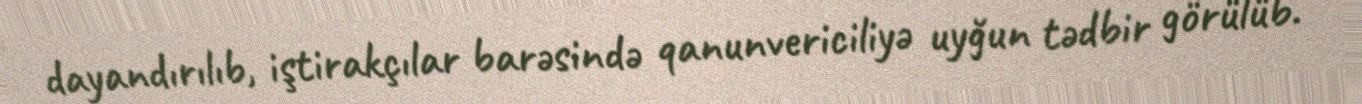
dayandırılıb, iştirakçılar barəsində qanunvericiliyə uyğun tədbir görülüb.